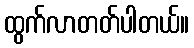
ထွက်လာတတ်ပါတယ်။